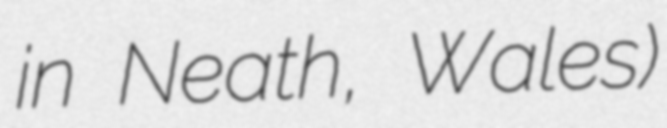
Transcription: in Neath, Wales)